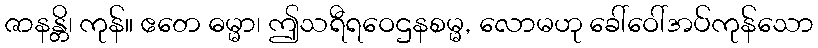
ဇာနန္တိ၊ ကုန်။ ဧတေ ဓမ္မာ၊ ဤသရီရဝေဌနစမ္မ, လောမဟု ခေါ်ဝေါ်အပ်ကုန်သော